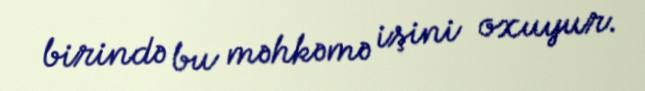
birində bu məhkəmə işini oxuyur.